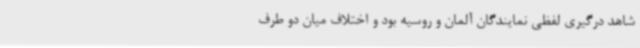
شاهد درگیری لفظی نمایندگان آلمان و روسیه بود و اختلاف میان دو طرف